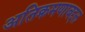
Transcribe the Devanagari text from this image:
अतिक्रमणाबद्दल